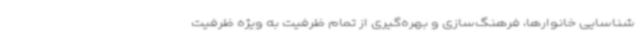
شناسایی خانوارها، فرهنگ‌سازی و بهره‌گیری از تمام ظرفیت به ویژه ظرفیت